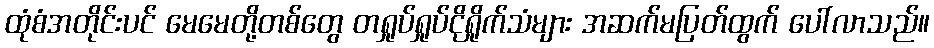
ထုံစံအတိုင်းပင် မေမေတို့တစ်တွေ တရှုပ်ရှုပ်ငိုရှိုက်သံများ အဆက်မပြတ်ထွက် ပေါ်လာသည်။